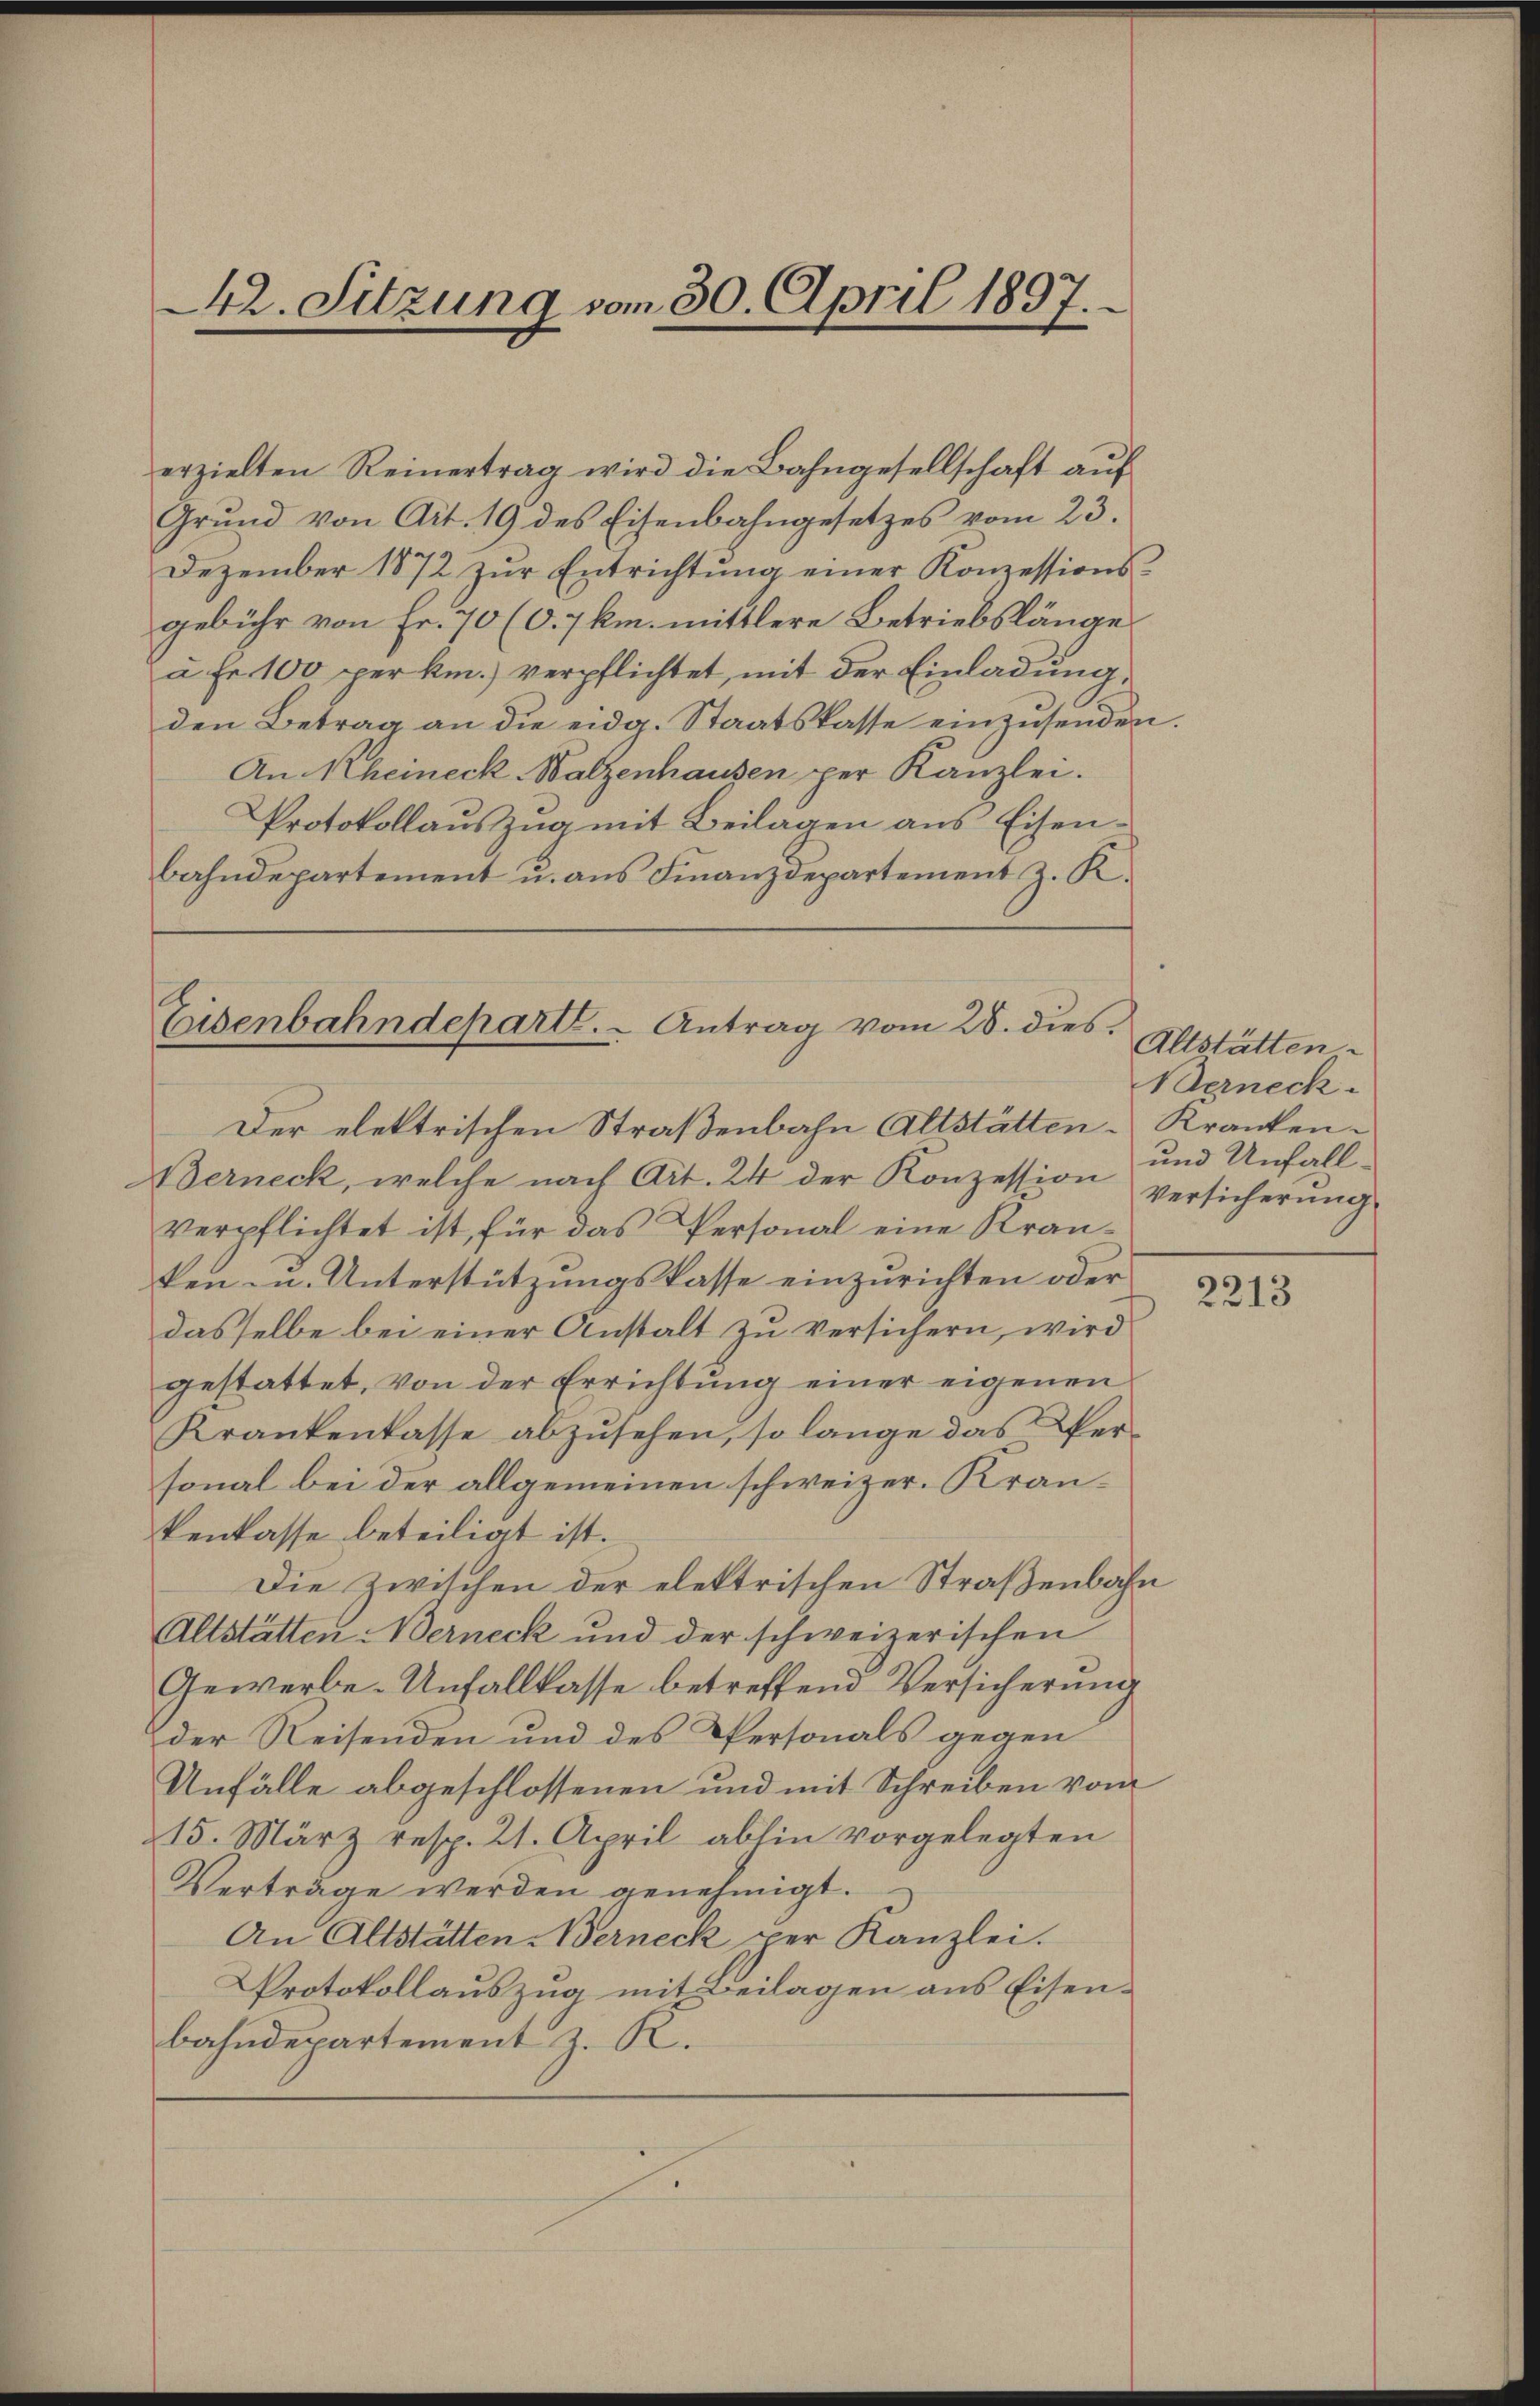
42. Sitzung vom 30. April 1897.

Eisenbahndeparte. - Antrag vom 28. dies

erzielten Reinertrag wird die Bahngesellschaft aŭf
Grŭnd von Art. 19 des Eisenbahngesetzes vom 23.
Dezember 1872 zŭr Entrichtŭng einer Konzessions-
gebühr von Fr. 70 (c. 7 km. mittlere Betriebslänge
à Fr. 100 per km.) verpflichtet, mit der Einladung,
den Betrag an die eidg. Staatskasse einzusenden.
An Rheineck-Walzenhausen per Kanzlei.
Protokollauszug mit Beilagen aus Eisenbahndepartement u. aus Finanzdepartement z. K.
Der elektrischen Straßenbahn Altstätten-Krankenerneck, welche nach Art. 24 der Konzession
verpflichtet ist, für das Personal eine Kranken- u. Unterstützungskasse einzurichten oder
dasselbe bei einer Anstalt zu versichern, wird
gestattet, von der Errichtung einer eigenen
Krankenkasse abzusehen, so lange das Pfersonal bei der allgemeinen schweizer. Krankenkasse beteiligt ist.
Die Zwischen der elektrischen Straßenbahn
Altstätten Werneck und der schweizerischen
Gewerbe-Unfallkasse betreffend Versicherung
der Reisenden und des Personals gegen
Unfälle abgeschlossenen und mit Schreiben vom
15. März resp. 21. April abhin vorgelegten
Verträge werden genehmigt.
An Altstätten Berneck per Kanzlei.
Protokollauszug mit Beilagen aus Eisenbahndepartement z. R.

Altstätten.
Berneck.
und Unfall
Versicherung

2213